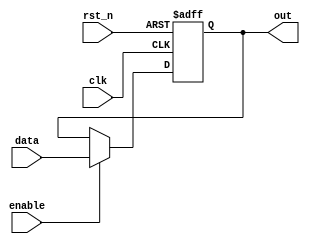
module register(
  input [7:0] data,
  input enable,
  input clk,
  input rst_n,
  output reg [7:0] out
);
  
  always @(posedge clk or negedge rst_n)
    begin
      if(!rst_n)
        out <= 8'd0;
      else if(enable)
        out <= data;
      else
        out <= out;
    end
endmodule